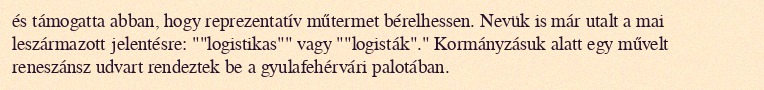
és támogatta abban, hogy reprezentatív műtermet bérelhessen. Nevük is már utalt a mai leszármazott jelentésre: ""logistikas"" vagy ""logisták"." Kormányzásuk alatt egy művelt reneszánsz udvart rendeztek be a gyulafehérvári palotában.